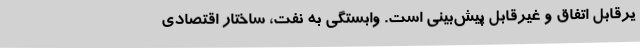
یرقابل اتفاق و غیرقابل پیش‌بینی است‌. وابستگی به نفت، ساختار اقتصادی